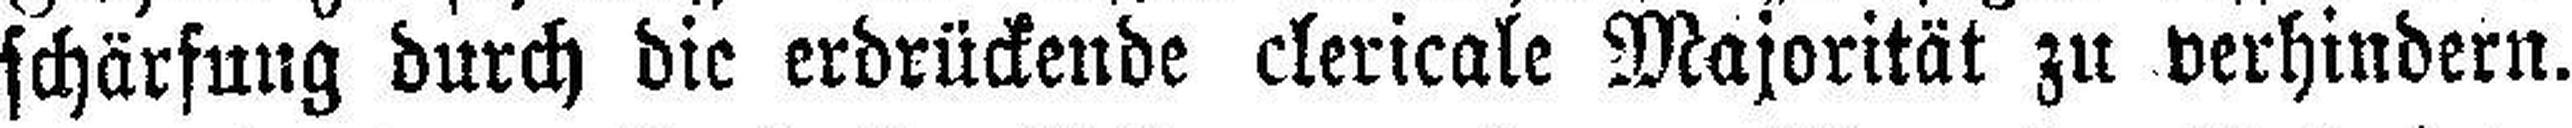
schärfung durch die erdrückende clericale Majorität zu verhindern.